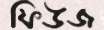
ফিউজ